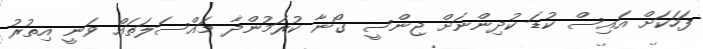
ފަހަކަށް އައިސް ކުޑަ ކުދިންނަށް ޖިންސީ ގޯނާ ކުރަމުންދާ މައްސަލަތައް ވަނީ އިތުރު